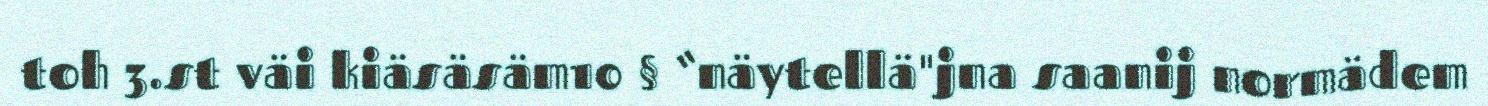
toh 3.st väi kiäsäsäm10 § “näytellä"jna saanij normädem